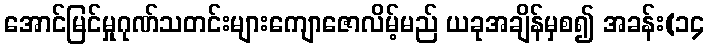
အောင်မြင်မှုဂုဏ်သတင်းများကျောဇောလိမ့်မည် ယခုအချိန်မှစ၍ အခန်း(၁၄